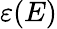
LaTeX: \varepsilon(E)